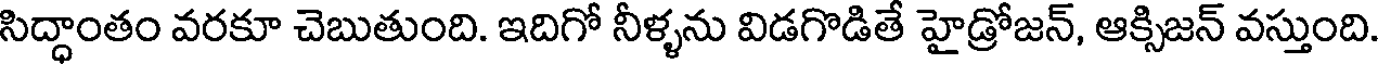
సిద్ధాంతం వరకూ చెబుతుంది. ఇదిగో నీళ్ళను విడగొడితే హైడ్రోజన్, ఆక్సిజన్ వస్తుంది